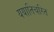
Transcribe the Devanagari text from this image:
ययातिचरित